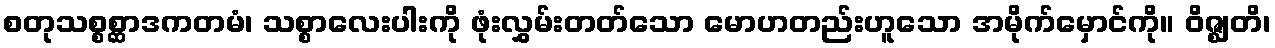
စတုသစ္စစ္ဆာဒကတမံ၊ သစ္စာလေးပါးကို ဖုံးလွှမ်းတတ်သော မောဟတည်းဟူသော အမိုက်မှောင်ကို။ ဝိဇ္ဈတိ၊